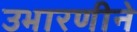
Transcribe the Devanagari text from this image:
उभारणीने